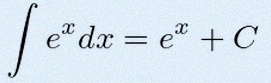
\int e^x dx=e^x+C